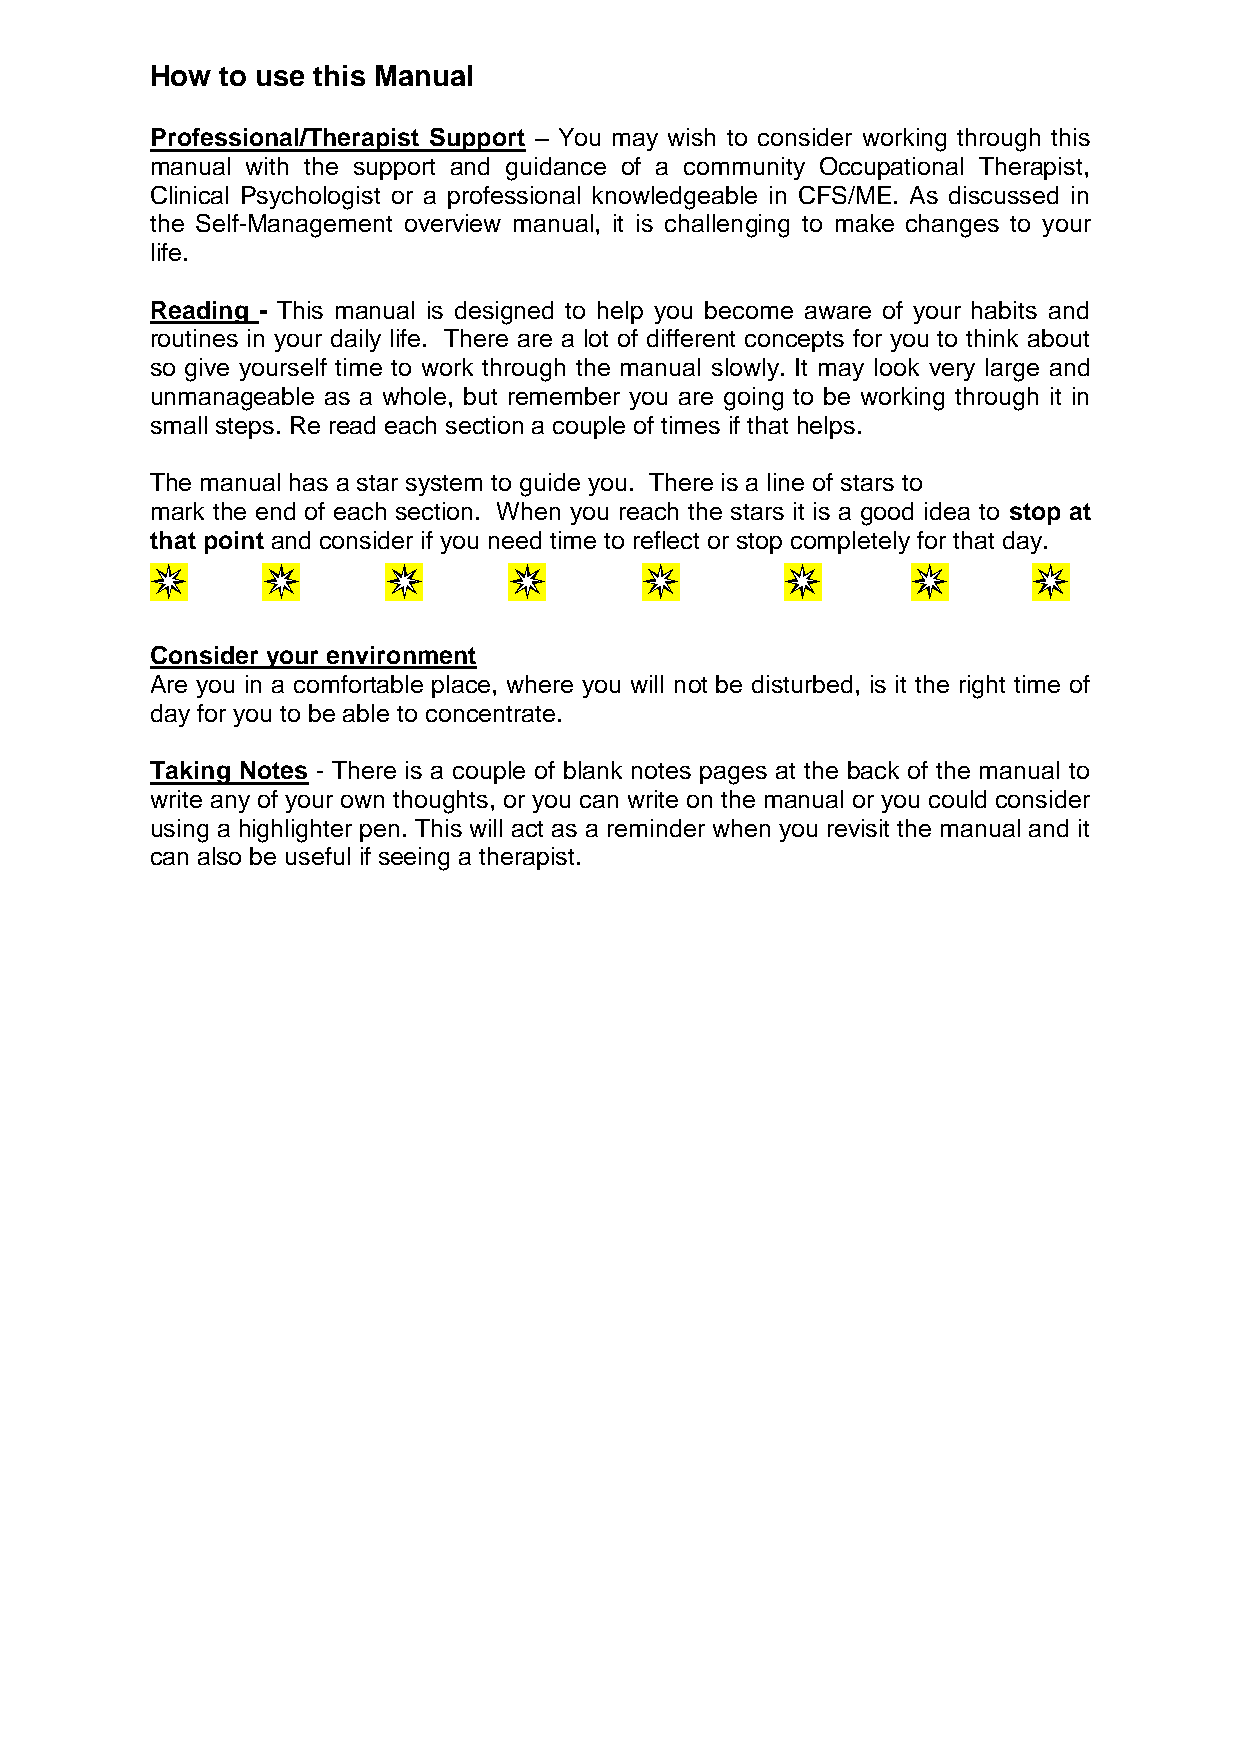
How  to use this Manual
 Professional/Therapist Support – You may wish to consider working through this
 manual with the support and guidance of a community Occupational Therapist,
 Clinical Psychologist or a professional knowledgeable in CFS/ME. As discussed in
 the Self-Management overview manual, it is challenging to make changes to your
 life.
 Reading - This manual is designed to help you become aware of your habits and
 routines in your daily life. There are a lot of different concepts for you to think about
 so give yourself time to work through the manual slowly. It may look very large and
 unmanageable as a whole, but remember you are going to be working through it in
 small steps. Re read each section a couple of times if that helps.
 The manual has a star system to guide you. There is a line of stars to
 mark the end of each section. When you reach the stars it is a good idea to stop at
 that point and consider if you need time to reflect or stop completely for that day.
 Consider your environment
 Are you in a comfortable place, where you will not be disturbed, is it the right time of
 day for you to be able to concentrate.
 Taking Notes - There is a couple of blank notes pages at the back of the manual to
 write any of your own thoughts, or you can write on the manual or you could consider
 using a highlighter pen. This will act as a reminder when you revisit the manual and it
 can also be useful if seeing a therapist.